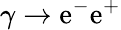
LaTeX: \gamma\to\mathrm{e}^{-}\mathrm{e}^{+}